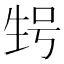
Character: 𰢬